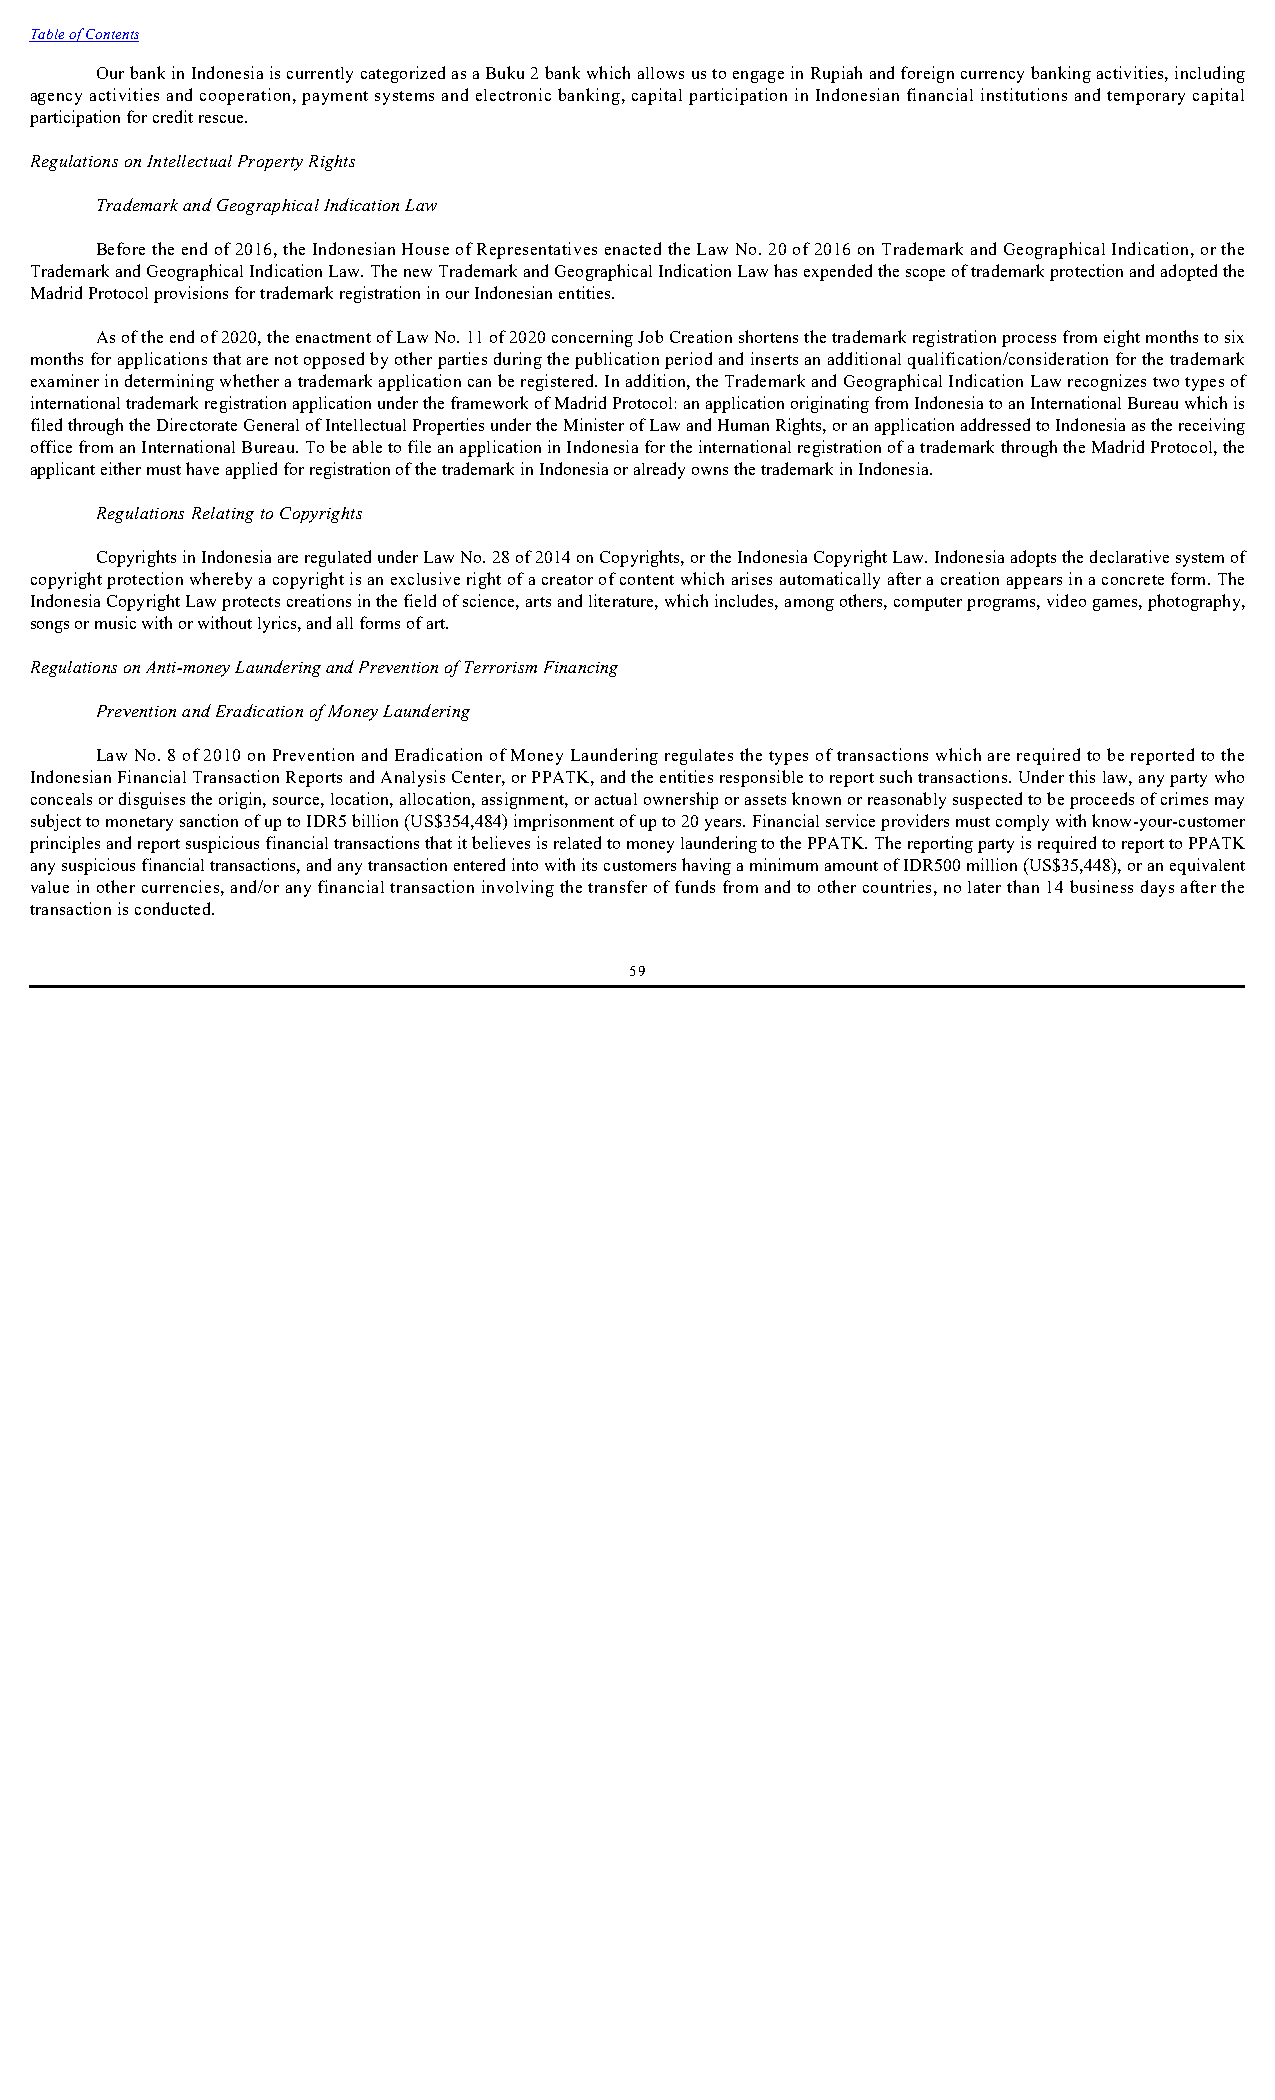
Table of Contents
 Our bank in Indonesia is currently categorized as a Buku 2 bank which allows us to engage in Rupiah and foreign currency banking activities, including
 agency activities and cooperation, payment systems and electronic banking, capital participation in Indonesian financial institutions and temporary capital
 participation for credit rescue.
 Regulations on Intellectual Property Rights
 Trademark and Geographical Indication Law
 Before the end of 2016, the Indonesian House of Representatives enacted the Law No. 20 of 2016 on Trademark and Geographical Indication, or the
 Trademark and Geographical Indication Law. The new Trademark and Geographical Indication Law has expended the scope of trademark protection and adopted the
 Madrid Protocol provisions for trademark registration in our Indonesian entities.
 As of the end of 2020, the enactment of Law No. 11 of 2020 concerning Job Creation shortens the trademark registration process from eight months to six
 months for applications that are not opposed by other parties during the publication period and inserts an additional qualification/consideration for the trademark
 examiner in determining whether a trademark application can be registered. In addition, the Trademark and Geographical Indication Law recognizes two types of
 international trademark registration application under the framework of Madrid Protocol: an application originating from Indonesia to an International Bureau which is
 filed through the Directorate General of Intellectual Properties under the Minister of Law and Human Rights, or an application addressed to Indonesia as the receiving
 office from an International Bureau. To be able to file an application in Indonesia for the international registration of a trademark through the Madrid Protocol, the
 applicant either must have applied for registration of the trademark in Indonesia or already owns the trademark in Indonesia.
 Regulations Relating to Copyrights
 Copyrights in Indonesia are regulated under Law No. 28 of 2014 on Copyrights, or the Indonesia Copyright Law. Indonesia adopts the declarative system of
 copyright protection whereby a copyright is an exclusive right of a creator of content which arises automatically after a creation appears in a concrete form. The
 Indonesia Copyright Law protects creations in the field of science, arts and literature, which includes, among others, computer programs, video games, photography,
 songs or music with or without lyrics, and all forms of art.
 Regulations on Anti-money Laundering and Prevention of Terrorism Financing
 Prevention and Eradication of Money Laundering
 Law No. 8 of 2010 on Prevention and Eradication of Money Laundering regulates the types of transactions which are required to be reported to the
 Indonesian Financial Transaction Reports and Analysis Center, or PPATK, and the entities responsible to report such transactions. Under this law, any party who
 conceals or disguises the origin, source, location, allocation, assignment, or actual ownership or assets known or reasonably suspected to be proceeds of crimes may
 subject to monetary sanction of up to IDR5 billion (US$354,484) imprisonment of up to 20 years. Financial service providers must comply with know-your-customer
 principles and report suspicious financial transactions that it believes is related to money laundering to the PPATK. The reporting party is required to report to PPATK
 any suspicious financial transactions, and any transaction entered into with its customers having a minimum amount of IDR500 million (US$35,448), or an equivalent
 value in other currencies, and/or any financial transaction involving the transfer of funds from and to other countries, no later than 14 business days after the
 transaction is conducted.
 59